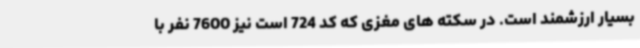
بسیار ارزشمند است. در سکته های مغزی که کد 724 است نیز 7600 نفر با